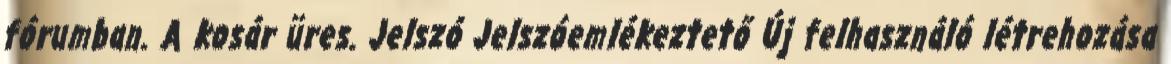
fórumban. A kosár üres. Jelszó Jelszóemlékeztető Új felhasználó létrehozása